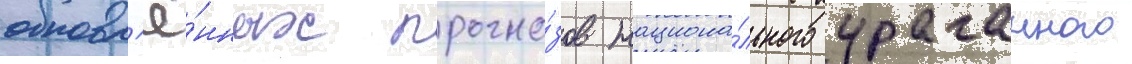
обновл'ё́нных прогно́зов национа́льного ураганного